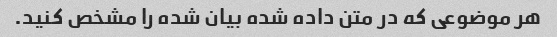
هر موضوعی که در متن داده شده بیان شده را مشخص کنید.